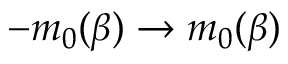
- m _ { 0 } ( \beta ) \to m _ { 0 } ( \beta )